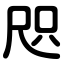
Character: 咫